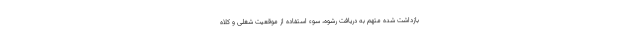
بازداشت شده متهم به دریافت رشوه، سوء استفاده از موقعیت شغلی و کلاه